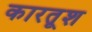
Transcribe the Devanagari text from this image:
कारतूश